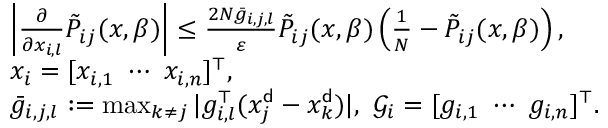
\begin{array} { r l } & { \left| \frac { \partial } { \partial x _ { i , l } } \tilde { P } _ { i j } ( x , \beta ) \right| \le \frac { 2 N \bar { g } _ { i , j , l } } { \varepsilon } \tilde { P } _ { i j } ( x , \beta ) \left( \frac { 1 } { N } - \tilde { P } _ { i j } ( x , \beta ) \right) , } \\ & { x _ { i } = [ x _ { i , 1 } \ \cdots \ x _ { i , n } ] ^ { \top } , } \\ & { \bar { g } _ { i , j , l } : = \operatorname* { m a x } _ { k \neq j } | g _ { i , l } ^ { \top } ( x _ { j } ^ { \sf d } - x _ { k } ^ { \sf d } ) | , \ { \mathcal G } _ { i } = [ g _ { i , 1 } \ \cdots \ g _ { i , n } ] ^ { \top } . } \end{array}